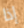
إذا